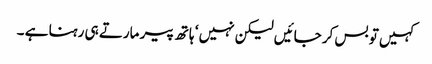
کہیں تو بس کر جائیں لیکن نہیں ‘ ہاتھ پیر مارتے ہی رہنا ہے ۔